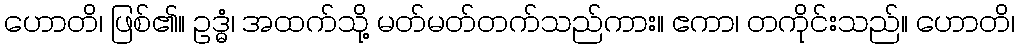
ဟောတိ၊ ဖြစ်၏။ ဥဒ္ဓံ၊ အထက်သို့ မတ်မတ်တက်သည်ကား။ ဧကာ၊ တကိုင်းသည်။ ဟောတိ၊